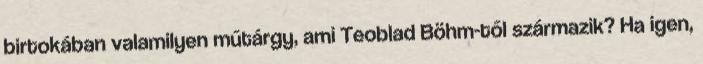
birtokában valamilyen műtárgy, ami Teoblad Böhm-től származik? Ha igen,